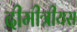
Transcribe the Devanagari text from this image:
दीमीत्रीयस